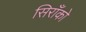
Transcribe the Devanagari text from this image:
सिराँको